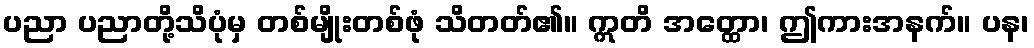
ပညာ ပညာတို့သိပုံမှ တစ်မျိုးတစ်ဖုံ သိတတ်၏။ ဣတိ အတ္ထော၊ ဤကားအနက်။ ပန၊